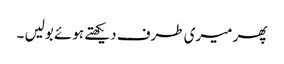
پھر میری طرف دیکھتے ہوئے بولیں ۔